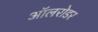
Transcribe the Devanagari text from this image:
ऑलरोडर